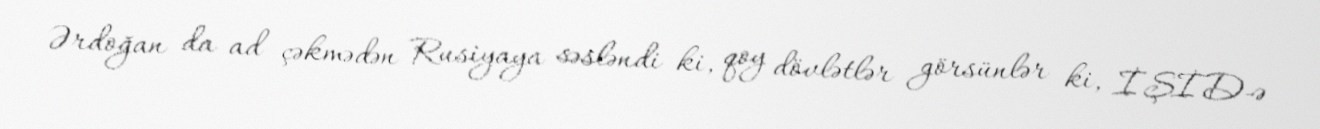
Ərdoğan da ad çəkmədən Rusiyaya səsləndi ki, qoy dövlətlər görsünlər ki, İŞİD-ə